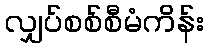
လျှပ်စစ်စီမံကိန်း